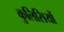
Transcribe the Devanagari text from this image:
कुलिसियों